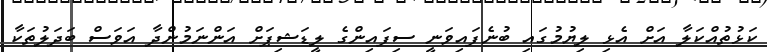
ކަޅުތުއްކަލާ އަށް އެޅި ލިޔުމުގައި ބުނެފައިވަނީ ސިފައިންގެ ލީޑަޝިޕަށް އަންނަމުންދާ އަވަސް ބަދަލުތަކާ